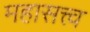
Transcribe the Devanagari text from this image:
महासत्त्व